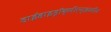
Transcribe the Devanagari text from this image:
डाईहाइड्रॉक्सीएन्थ्रासीन